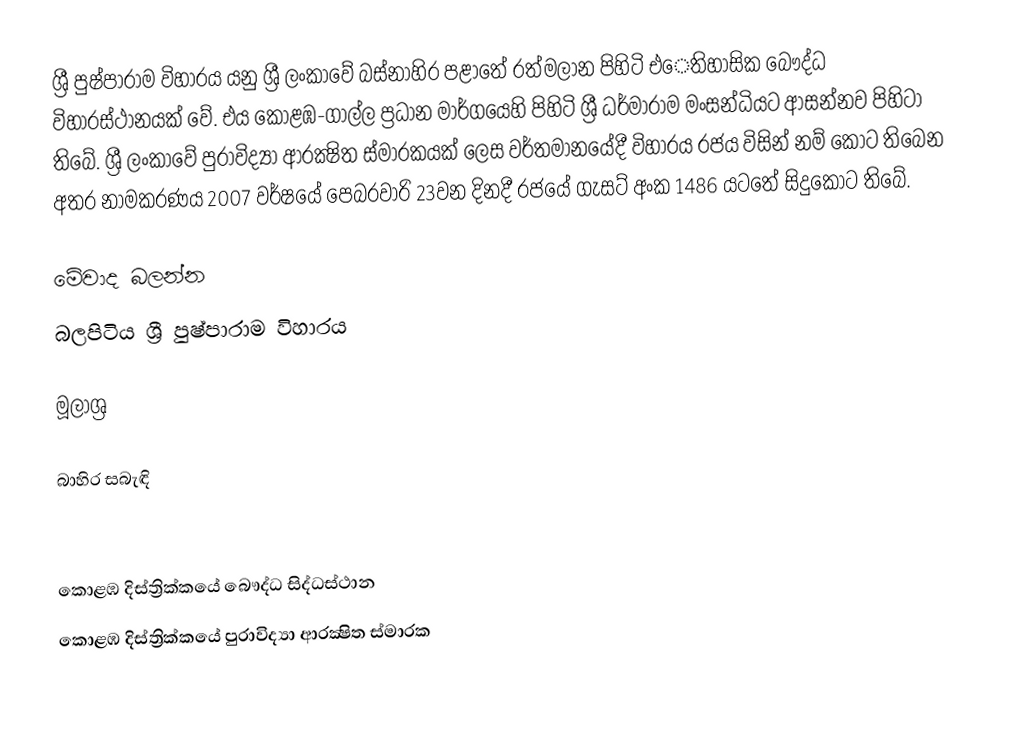
ශ්‍රී පුෂ්පාරාම විහාරය යනු ශ්‍රී ලංකාවේ බස්නාහිර පළාතේ රත්මලාන පිහිටි එෙතිහාසික බෞද්ධ විහාරස්ථානයක් වේ. එය කොළඹ-ගාල්ල ප්‍රධාන මාර්ගයෙහි පිහිටි ශ්‍රී ධර්මාරාම මංසන්ධියට ආසන්නව පිහිටා තිබේ. ශ්‍රී ලංකාවේ පුරාවිද්‍යා ආරක්‍ෂිත ස්මාරකයක් ලෙස වර්තමානයේදී විහාරය රජය විසින් නම් කොට තිබෙන අතර නාමකරණය 2007 වර්ෂයේ පෙබරවාරි 23වන දිනදී රජයේ ගැසට් අංක 1486 යටතේ සිදුකොට තිබේ.

මේවාද බලන්න
බලපිටිය ශ්‍රී පුෂ්පාරාම විහාරය

මූලාශ්‍ර

බාහිර සබැඳි

කොළඹ දිස්ත්‍රික්කයේ බෞද්ධ සිද්ධස්ථාන‎
කොළඹ දිස්ත්‍රික්කයේ පුරාවිද්‍යා ආරක්‍ෂිත ස්මාරක